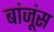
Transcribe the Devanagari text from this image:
बांजूंस